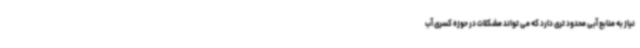
نیاز به منابع آبی محدود تری دارد که می تواند مشکلات در حوزه کسری آب